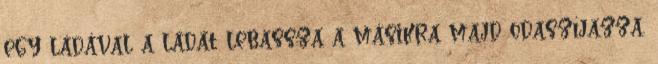
egy ládával a ládát lebassza a másikra majd odaszíjazza.